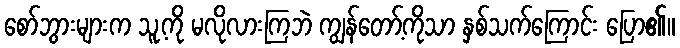
စော်ဘွားများက သူ့ကို မလိုလားကြဘဲ ကျွန်တော့်ကိုသာ နှစ်သက်ကြောင်း ပြော၏။